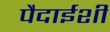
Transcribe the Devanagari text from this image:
पैदाईशी